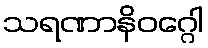
သရဏာနိဝဂ္ဂေါ